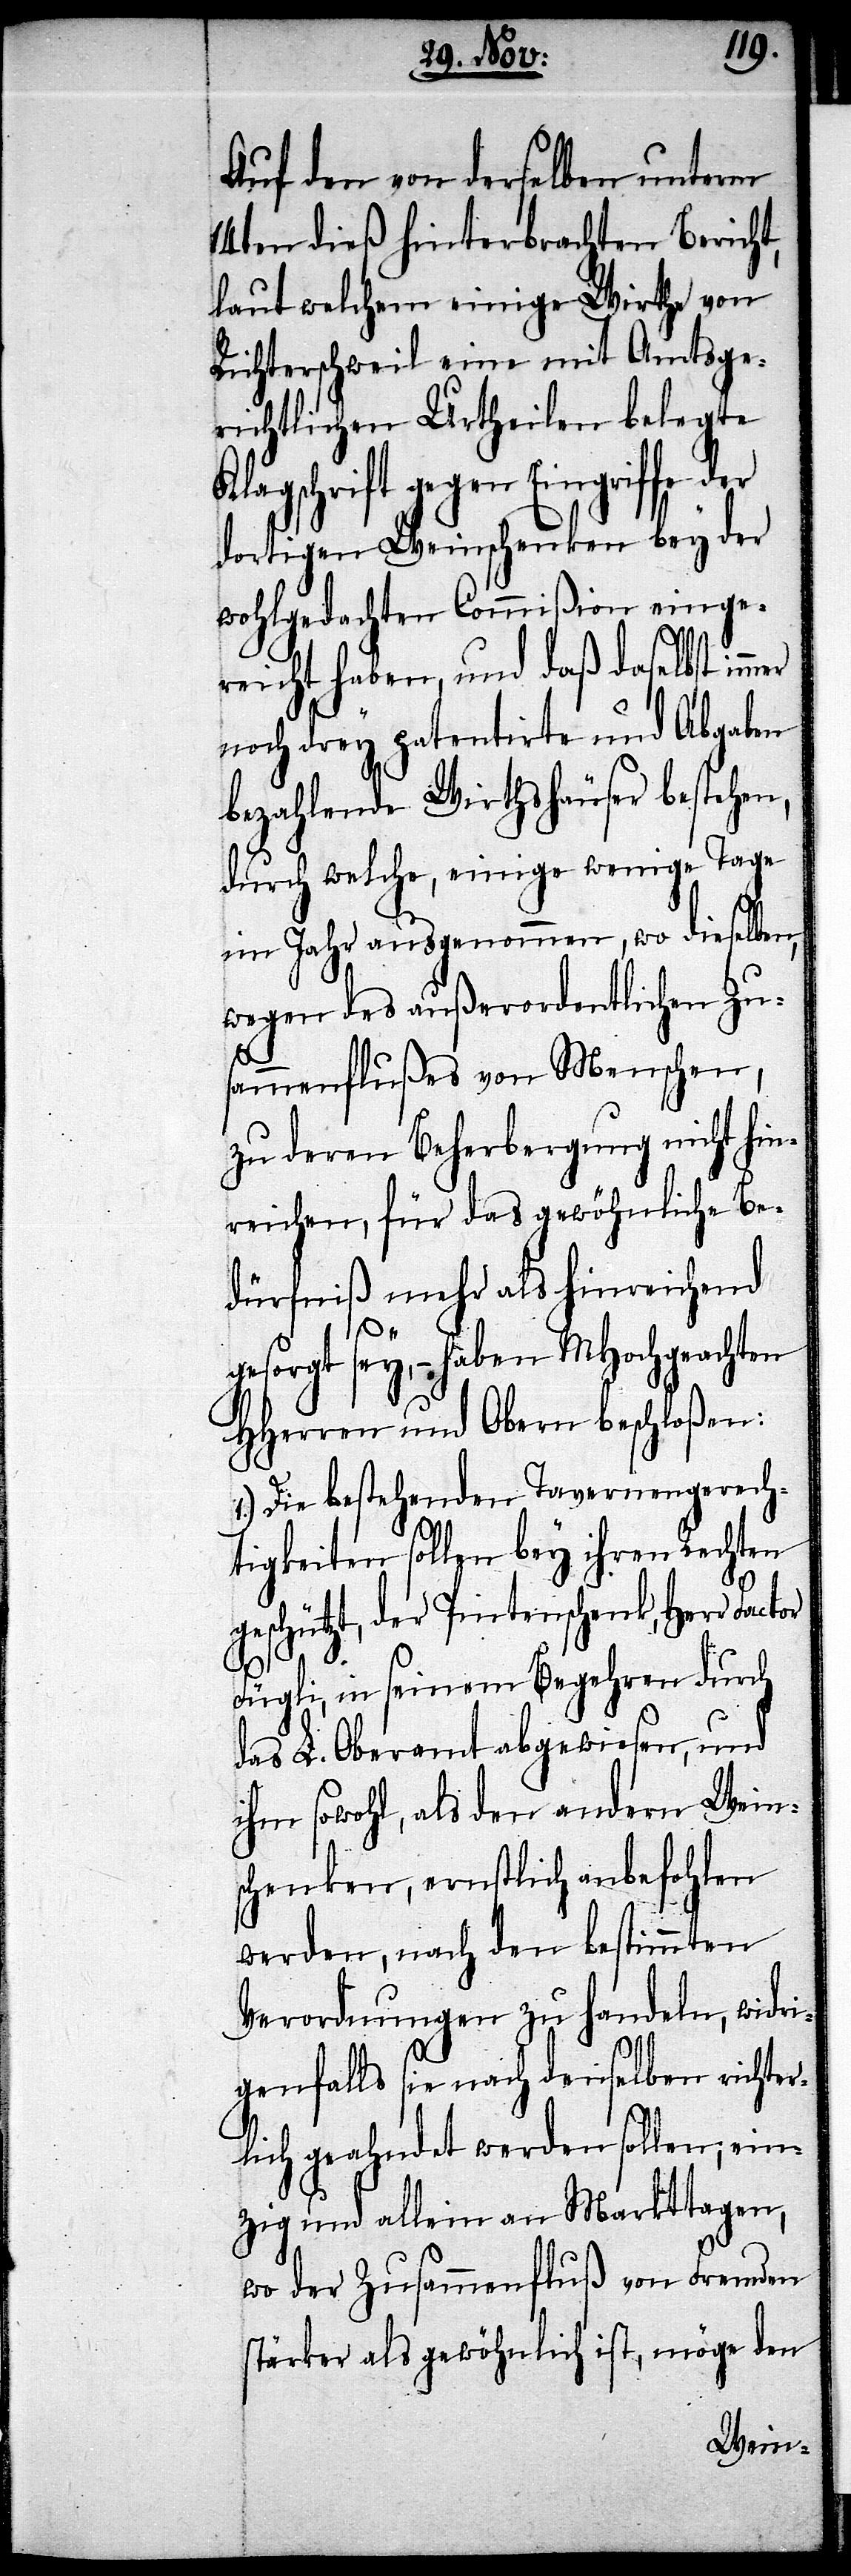
Auf den von derselben unterm
14ten dieß hinterbrachten Bericht,
laut welchem einige Wirthe von
Richterschweil eine mit Amtsge¬
richtlichen Urtheilen belegte
lageschrift gegen Eingriffe
dortigen Weinschenken bey der
wohlgedachten Commißion einge¬
reicht haben, und daß daselbst im¬
noch drey patentirte und Abgaben
bezahlende Wirthshäuser bestehen,
durch welche einige wenige Tage
im Jahr ausgenommen, wo dieselben,
wegen des außerordentlichen Zu¬
or
ammenflußes von Menschen,
zu deren Beherbergung nicht hin¬
reichen, für das gewöhnliche Be¬
dürfniß mehr als hinreichend
mer
gesorgt sey, – haben MHochgeachten
HHerrn und Obern beschloßen:
1.) Die bestehenden Tavernengerech¬
tigkeiten sollen bey ihren Rechten
geschützt, der Pintenschenk, Herr Doct¬
Fügli, in seinem Begehren durch
das L. Oberamt abgewiesen, und
ihm sowohl, als den andern Weins¬
chenken, ernstlich anbefohlen
werden, nach den bestimmten
Verordnungen zu handeln, widri¬
genfalls sie nach denselben richte¬
rlich geahndet werden sollen; ein¬
zig und allein an Markttagen,
wo der Zusammenfluß von Fremden
stärker als gewöhnlich ist, möge den